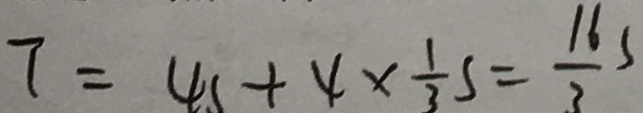
7 = 4 s \times 4 \times \frac { 1 } { 3 } s = \frac { 1 6 } { 3 } s